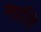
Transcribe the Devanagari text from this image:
गाति